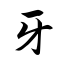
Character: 牙